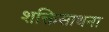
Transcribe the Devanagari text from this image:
शक्तिसाधना